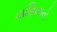
વાણિયાનો